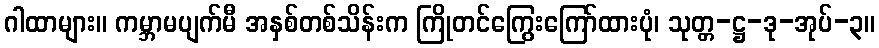
ဂါထာများ။ ကမ္ဘာမပျက်မီ အနှစ်တစ်သိန်းက ကြိုတင်ကြွေးကြော်ထားပုံ၊ သုတ္တ-ဋ္ဌ-ဒု-အုပ်-၃။